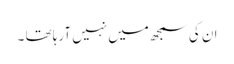
ان کی سمجھ میں نہیں آرہا تھا ۔